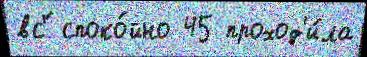
вс'́ споко́йно 45 проход'и́ла